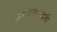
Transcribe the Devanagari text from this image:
प्रमाणपद्धती